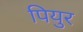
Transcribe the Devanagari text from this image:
पियुर